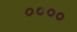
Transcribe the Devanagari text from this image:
००००